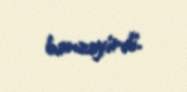
bənzəyirdi.